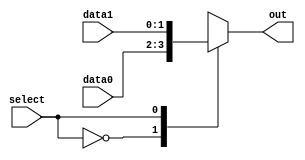
module multiplexer (
    input wire select,
    input wire [1:0] data0,
    input wire [1:0] data1,
    output reg [1:0] out
);

always @*
begin
    case (select)
        0: out = data0;
        1: out = data1;
        default: out = 2'b00;
    endcase
end

endmodule